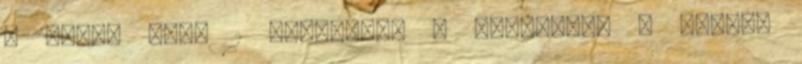
a halál után 1 emigráció 4 énkeresés 5 évvégi